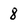
Character: 8